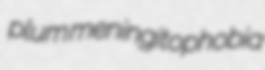
plum meningitophobia